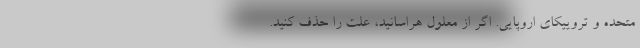
متحده و تروییکای اروپایی. اگر از معلول هراسانید، علت را حذف کنید.